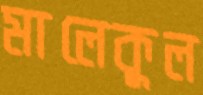
মালেকুল